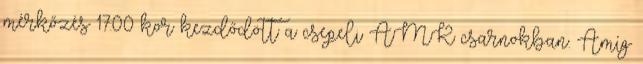
mérkőzés 17:00 kor kezdődött a csepeli ÁMK csarnokban. Amíg